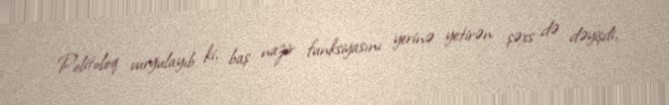
Politoloq vurğulayıb ki, baş nazir funksiyasını yerinə yetirən şəxs də dəyişdi,